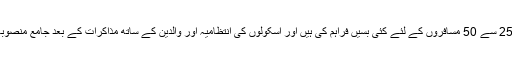
ان طالب علموں کی مشکلات کو دور کرنے اور ان کی تمام تر توجہ تعلیم پر مرکوز رکھنے کے لیے ہم نے 25 سے 50 مسافروں کے لئے کئی بسیں فراہم کی ہیں اور اسکولوں کی انتظامیہ اور والدین کے ساتھ مذاکرات کے بعد جامع منصوبہ بندی کے تحت طالب علموں کو امتحانات کے پہلے دن ہی سے ٹرانسپورٹ کی سہولت فراہم کی جارہی ہے۔